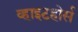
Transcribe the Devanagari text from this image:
व्हाइटहोर्स